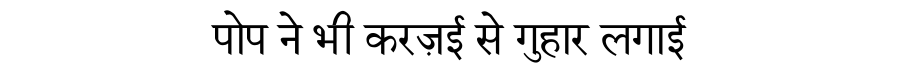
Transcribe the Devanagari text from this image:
पोप ने भी करज़ई से गुहार लगाई